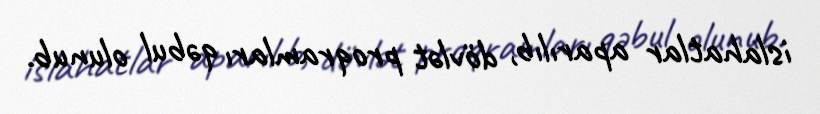
islahatlar aparılıb, dövlət proqramları qəbul olunub.